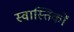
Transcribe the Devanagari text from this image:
स्वास्तिकों